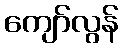
ကျော်လွန်